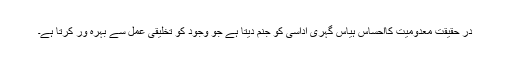
در حقیقت معدومیت کااحساس ہیاس گہری اداسی کو جنم دیتا ہے جو وجود کو تخلیقی عمل سے بہرہ ور کرتا ہے۔